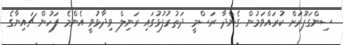
ސިންގަޕޫރަށް ކުރައްވަމުން ގެންދާ ރަސްމީ ދަތުރުފުޅުގައި ރަނިލް ވިދާޅުވީ އެންމެ ފަހުން ޗައިނާގެ